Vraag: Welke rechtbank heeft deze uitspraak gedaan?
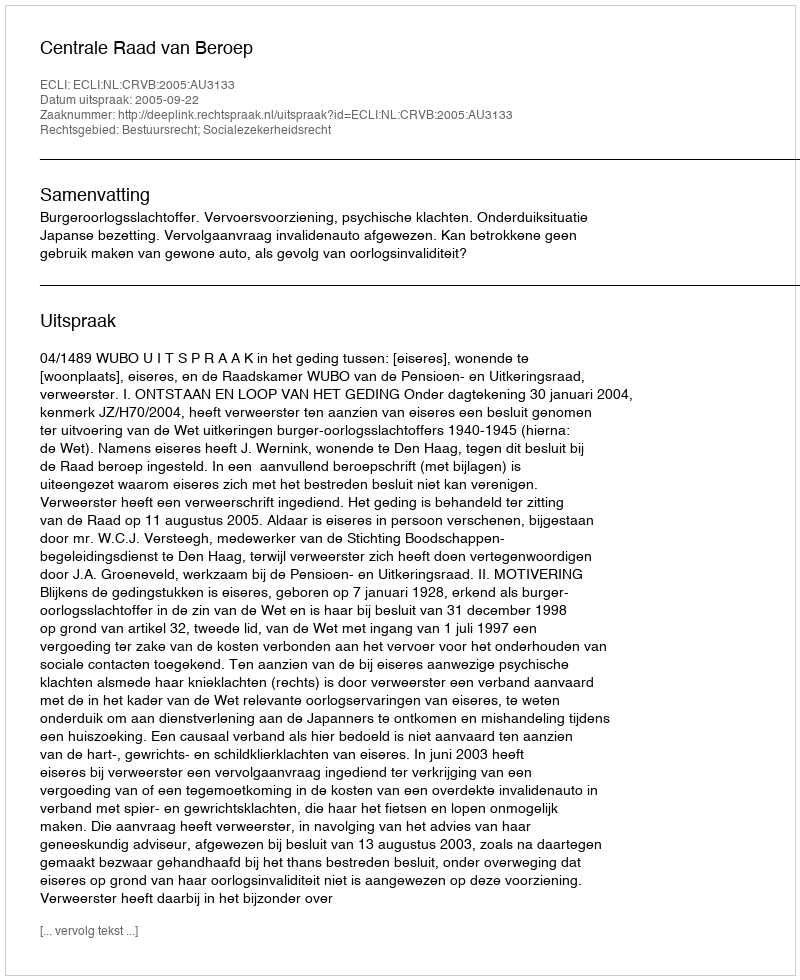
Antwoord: Centrale Raad van Beroep